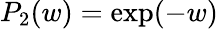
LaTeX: P_{2}(w)=\exp(-w)